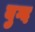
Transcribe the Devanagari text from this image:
बुग्द